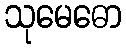
သုမေဓော